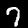
Digit: 7